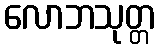
လောဘသုတ္တ